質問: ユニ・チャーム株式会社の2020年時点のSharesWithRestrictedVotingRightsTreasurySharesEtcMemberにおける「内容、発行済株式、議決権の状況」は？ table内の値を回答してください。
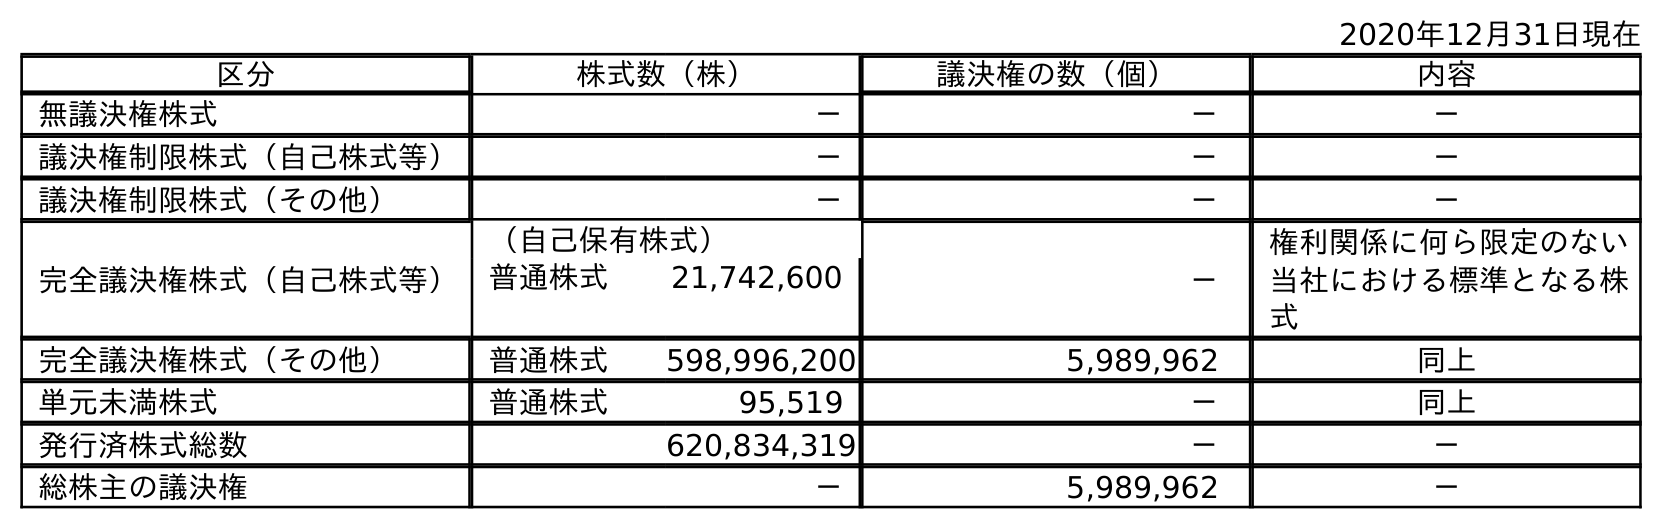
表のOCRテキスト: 2020年12月31日現在 区分 株式数（株） 議決権の数（個） 内容 無議決権株式 － － － 議決権制限株式（自己株式等） － － － 議決権制限株式（その他） － － － 完全議決権株式（自己株式等） （自己保有株式） － 権利関係に何ら限定のない 当社における標準となる株 式 普通株式 21,742,600 完全議決権株式（その他） 普通株式 598,996,200 5,989,962 同上 単元未満株式 普通株式 95,519 － 同上 発行済株式総数 620,834,319 － － 総株主の議決権 － 5,989,962 －
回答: －